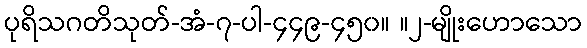
ပုရိသဂတိသုတ်-အံ-၇-ပါ-၄၄၉-၄၅၀။ ။၂-မျိုးဟောသော